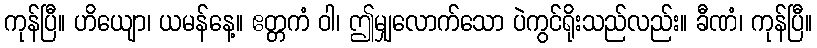
ကုန်ပြီ။ ဟိယျော၊ ယမန်နေ့။ ဧတ္တကံ ဝါ၊ ဤမျှလောက်သော ပဲကွင်ရိုးသည်လည်း။ ခီဏံ၊ ကုန်ပြီ။